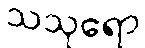
သသုရော